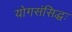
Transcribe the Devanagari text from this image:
योगसंसिद्धः